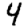
Digit: 4